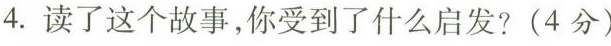
4. 读了这个故事，你受到了什么启发?(4分)